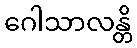
ဂေါသာလန္တိ